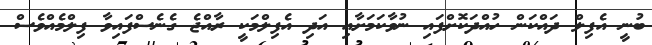
ބުނީ އެފިލް ދައްކަން ހުއްދަކޮށްފައި ނުވާކަމަށާއި އަދި އެފިލްމަކީ ރާއްޖެ ގެނެސްފައިވާ ފިލްމެއްވެސް